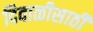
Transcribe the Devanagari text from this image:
दिवाळीसाठी